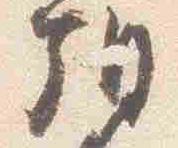
朝